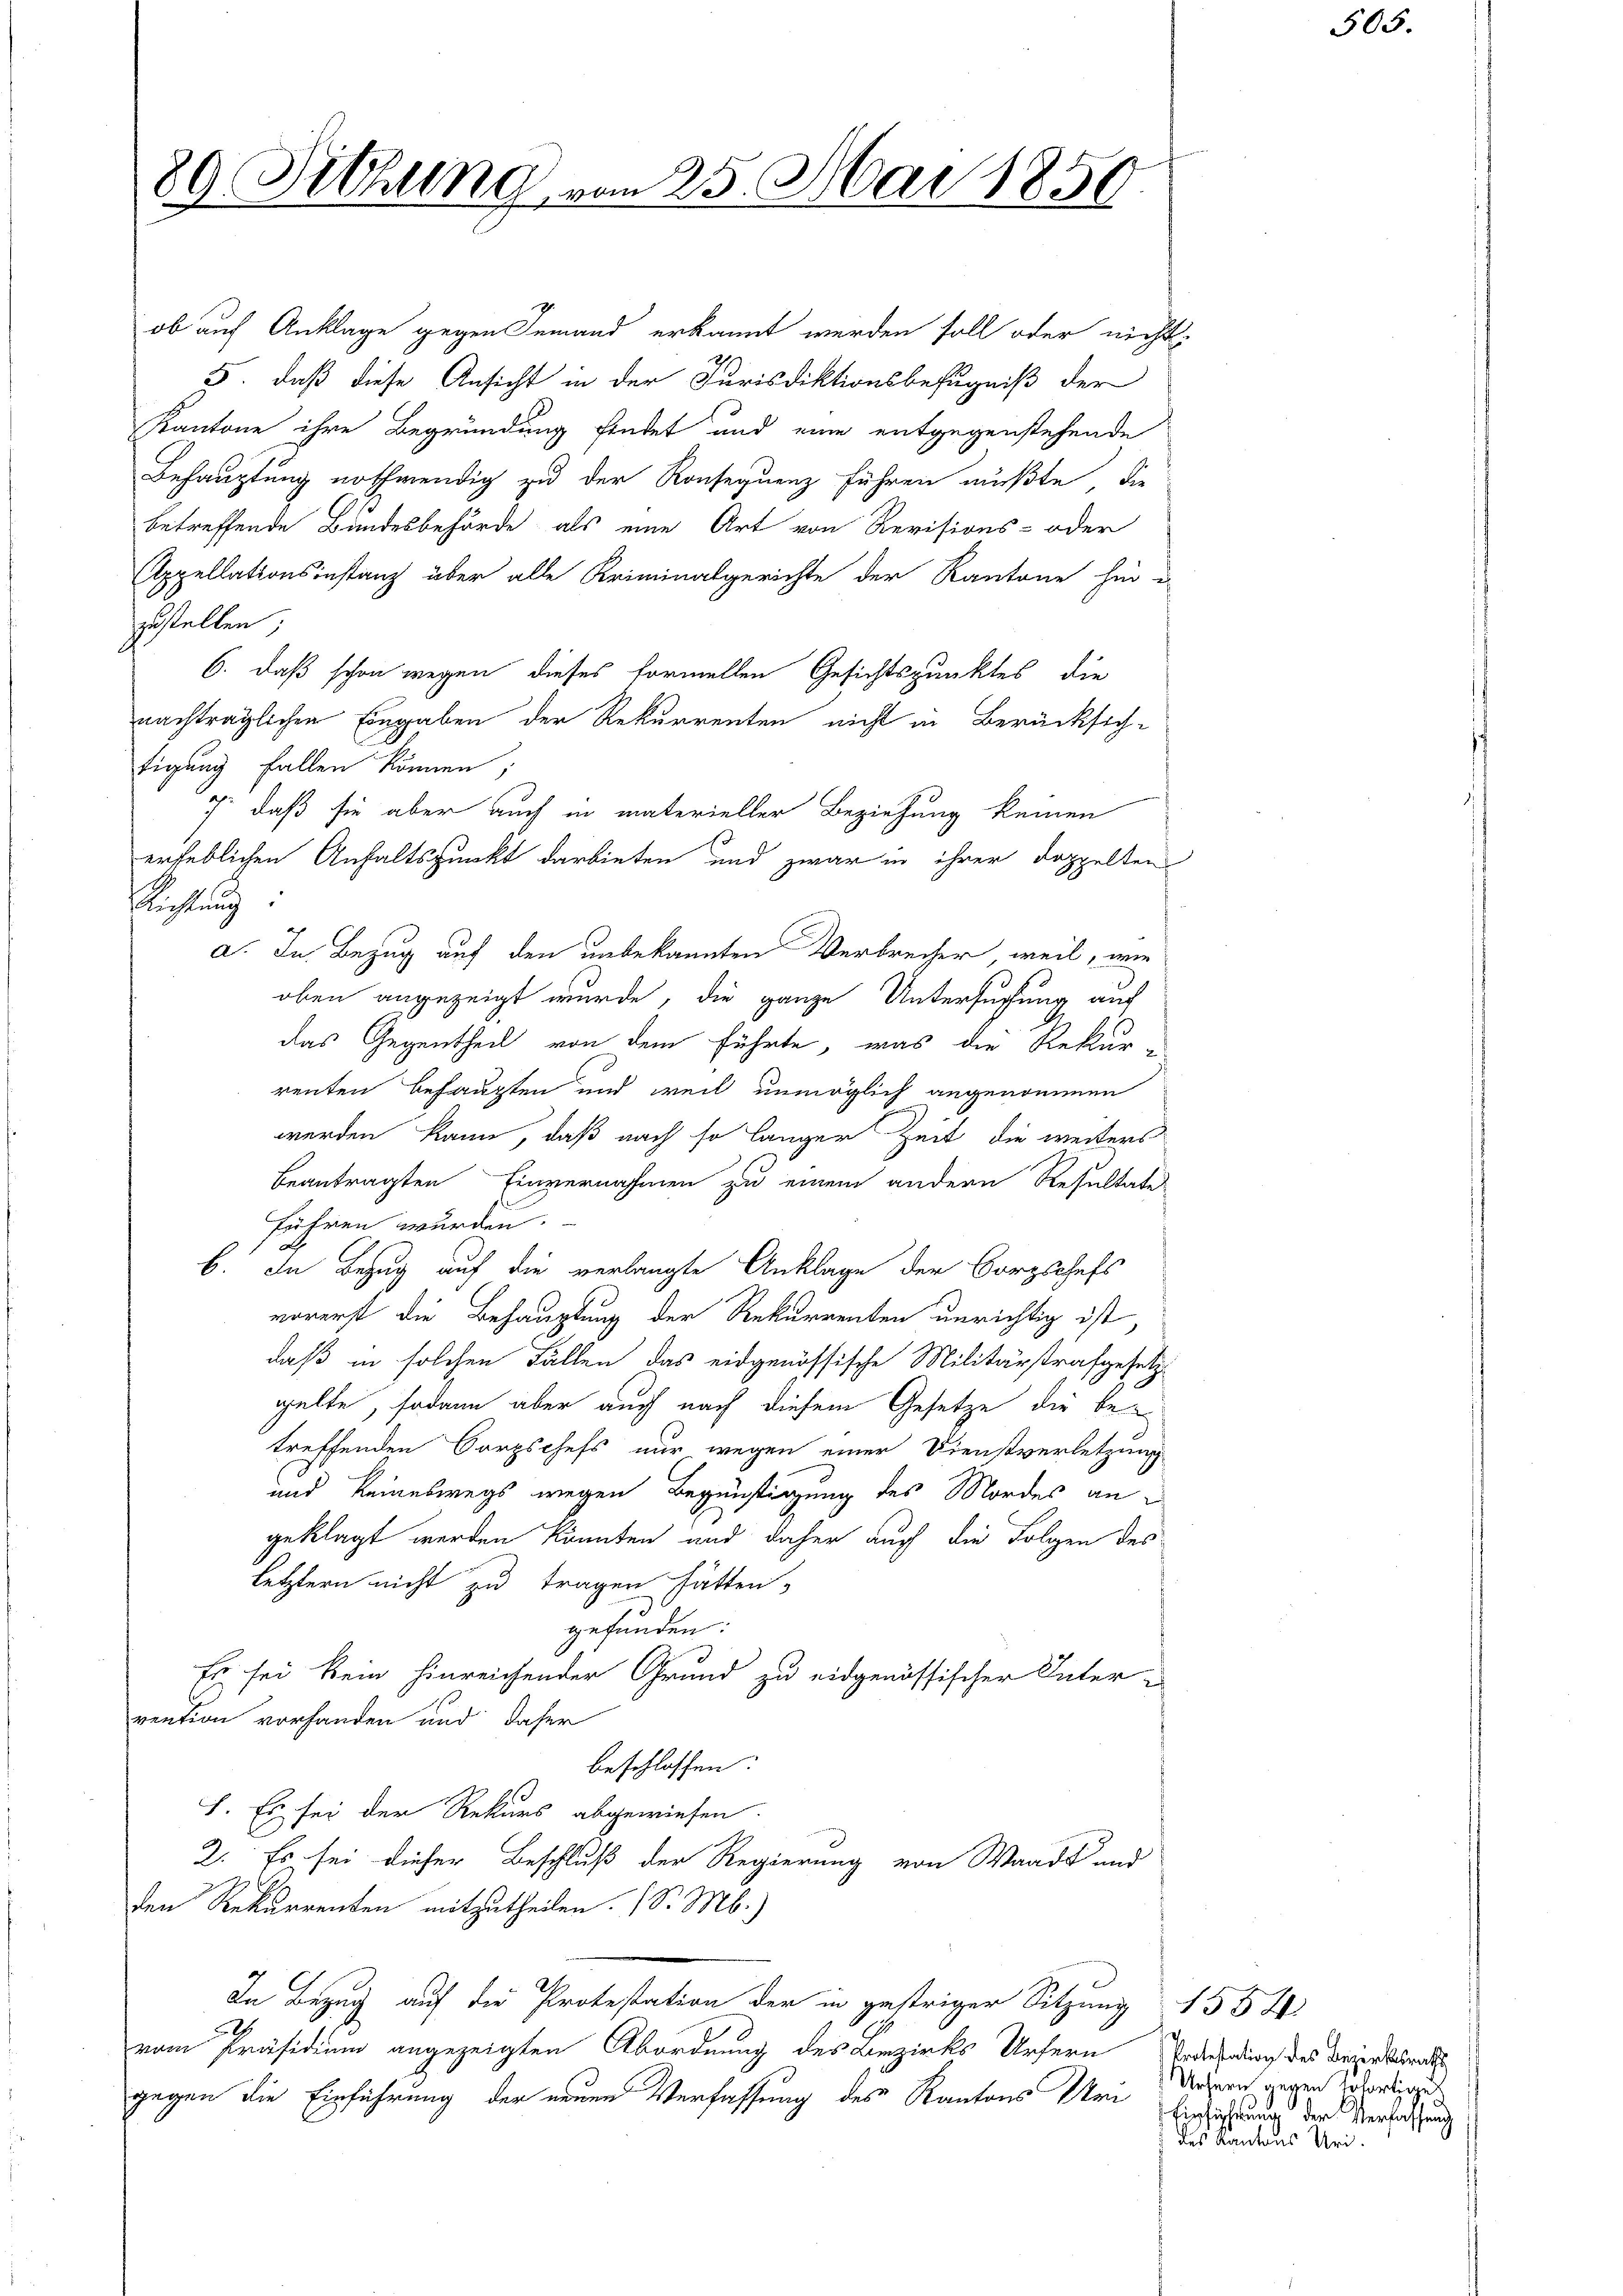
80 Sitzung vom 25. Mai 1850.
n

ob auf Anklage gegen Jemand erkannt werden soll oder nicht
3. daß diese Ansicht in der Jurisdiktionsbefugniß der
Kantone ihre Begründung findet und eine entgegenstehende
Behauptung nothwendig zu der Konsequenz führen müßte, die
betreffende Bandesbehörde als eine Art von Revisions- oder
Appellationsinstanz über alle Kriminalgerichte der Kantone hin-
zustellen;
6. daß schon wegen dieses formellen Gesichtspunktes die
nachträglichen Eingaben der Rekurrenten nicht in Berücksich-
tigung fallen können;
7, daß sie aber auch in materieller Beziehung keinen
erheblichen Anhaltspunkt darbieten und zwar in ihrer doppelten
Richtung:
a. In Bezug auf den unbekannten Verbrecher, weil, wie
oben angezeigt wurde, die ganze Untersuchung auch
das Gegentheil von dem führte, was die Rekur-
renten behaupten und weil unmöglich angenommen
werden kann, daß nach so langer Zeit die weiters
beantragten Einvernahmen zu einem andern Resultate
führen wurden.
b. In Bezug auf die verlangte Anklage der Borgschaft
vorerst die Behauptung der Rekurrenten unrichtig ist
daß in solchen Fällen das eidgenössische Militärstrafgesetzgelte, sodann aber auch nach diesem Gesetze die betreffenden Corpschefs nur wegen einer Dienstverletzung
und keineswegs wegen Begünstigung des Mordes an
geklagt werden könnten und daher auch die Folgen des
letztern nicht zu tragen hätten,
gefunden:
Es sei kein hinreichender Grund zu eidgenössischer Inter-
vention vorhanden und daher
beschlossen:
I. Es sei der Rekurs abgewiesen.
2. Es sei dieser Beschluß der Regierung von Waadt und
den Rekurrenten mitzutheilen. (S. Mb.)
In Bezug auf die Protestation der in gestriger Sitzung 155 X
22
vom Präsidium angezeigten Abordnung des Bezirks Ursern
gegen die Einführung der neuen Verfassung des Kantons Um

Protestation des Bezirksraths
Ursern gegen sofortige
Einsicherung der Verfassung
des Kantons Uri.

505.